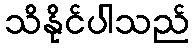
သိနိုင်ပါသည်